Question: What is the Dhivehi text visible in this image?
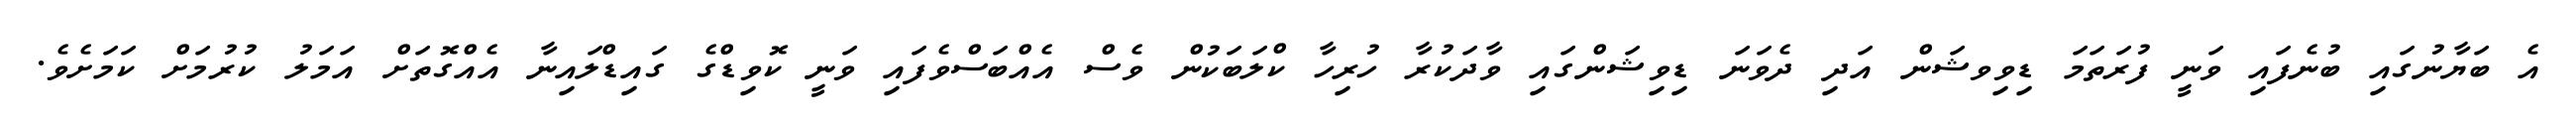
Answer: އެ ބަޔާނުގައި ބުނެފައި ވަނީ ފުރަތަމަ ޑިވިވޝަން އަދި ދެވަނަ ޑިވިޝަންގައި ވާދަކުރާ ހުރިހާ ކްލަބަކުން ވެސް އެއްބަސްވެފައި ވަނީ ކޮވިޑްގެ ގައިޑްލައިނާ އެއްގޮތަށް އަމަލު ކުރުމަށް ކަމަށެވެ.